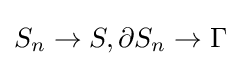
S_{n}\rightarrow S,\partial S_{n}\rightarrow \Gamma